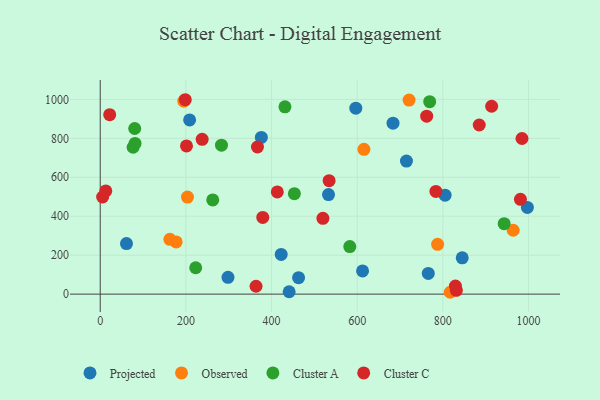
{"axis": {"x": "Investment", "y": "Sales"}, "legend": ["Cluster A", "Cluster C", "Observed", "Projected"], "data": [{"x": "376.2", "y": 804.4, "type": "Projected"}, {"x": "441.1", "y": 12.1, "type": "Projected"}, {"x": "61.3", "y": 259.8, "type": "Projected"}, {"x": "845.2", "y": 186.3, "type": "Projected"}, {"x": "596.7", "y": 954.9, "type": "Projected"}, {"x": "463.1", "y": 84.5, "type": "Projected"}, {"x": "422.5", "y": 203.9, "type": "Projected"}, {"x": "997.3", "y": 445.2, "type": "Projected"}, {"x": "298.3", "y": 86.5, "type": "Projected"}, {"x": "533.0", "y": 511.2, "type": "Projected"}, {"x": "612.5", "y": 119.3, "type": "Projected"}, {"x": "765.9", "y": 106.1, "type": "Projected"}, {"x": "683.6", "y": 877.8, "type": "Projected"}, {"x": "715.0", "y": 683.2, "type": "Projected"}, {"x": "805.2", "y": 508.3, "type": "Projected"}, {"x": "208.7", "y": 894.7, "type": "Projected"}, {"x": "195.2", "y": 991.0, "type": "Observed"}, {"x": "203.7", "y": 498.5, "type": "Observed"}, {"x": "964.2", "y": 327.9, "type": "Observed"}, {"x": "817.1", "y": 9.5, "type": "Observed"}, {"x": "177.3", "y": 267.8, "type": "Observed"}, {"x": "721.1", "y": 996.4, "type": "Observed"}, {"x": "162.6", "y": 281.4, "type": "Observed"}, {"x": "615.7", "y": 743.6, "type": "Observed"}, {"x": "787.7", "y": 255.7, "type": "Observed"}, {"x": "283.1", "y": 764.9, "type": "Cluster A"}, {"x": "81.3", "y": 773.8, "type": "Cluster A"}, {"x": "431.3", "y": 961.9, "type": "Cluster A"}, {"x": "222.9", "y": 135.5, "type": "Cluster A"}, {"x": "582.7", "y": 244.2, "type": "Cluster A"}, {"x": "76.8", "y": 754.1, "type": "Cluster A"}, {"x": "80.5", "y": 850.5, "type": "Cluster A"}, {"x": "262.7", "y": 483.5, "type": "Cluster A"}, {"x": "453.3", "y": 515.8, "type": "Cluster A"}, {"x": "943.1", "y": 361.7, "type": "Cluster A"}, {"x": "769.2", "y": 988.3, "type": "Cluster A"}, {"x": "363.8", "y": 40.5, "type": "Cluster C"}, {"x": "379.5", "y": 393.8, "type": "Cluster C"}, {"x": "22.1", "y": 921.6, "type": "Cluster C"}, {"x": "762.2", "y": 913.6, "type": "Cluster C"}, {"x": "984.7", "y": 799.2, "type": "Cluster C"}, {"x": "413.4", "y": 524.8, "type": "Cluster C"}, {"x": "783.7", "y": 527.3, "type": "Cluster C"}, {"x": "981.1", "y": 486.7, "type": "Cluster C"}, {"x": "238.0", "y": 794.9, "type": "Cluster C"}, {"x": "829.3", "y": 41.6, "type": "Cluster C"}, {"x": "201.4", "y": 760.8, "type": "Cluster C"}, {"x": "367.1", "y": 755.4, "type": "Cluster C"}, {"x": "5.6", "y": 498.8, "type": "Cluster C"}, {"x": "534.4", "y": 582.3, "type": "Cluster C"}, {"x": "884.9", "y": 868.3, "type": "Cluster C"}, {"x": "13.0", "y": 530.1, "type": "Cluster C"}, {"x": "913.9", "y": 964.8, "type": "Cluster C"}, {"x": "831.4", "y": 19.6, "type": "Cluster C"}, {"x": "198.5", "y": 998.2, "type": "Cluster C"}, {"x": "519.9", "y": 389.2, "type": "Cluster C"}]}